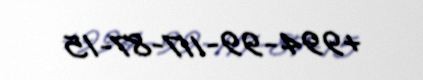
+994-99-117-87-15